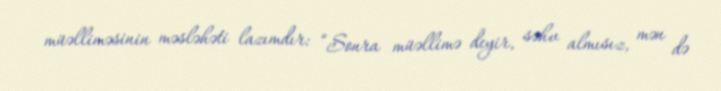
müəlliməsinin məsləhəti lazımdır: “Sonra müəllimə deyir, səhv almısız, mən də